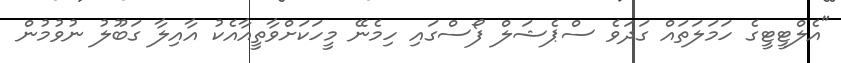
"އެލްޓީޓީގެ ހަމަލަތައް ގަދަވެ ސްޕެޝަލް ފޯސްގައި ހިމެނޭ މީހަކަށްވާތީއާއެކު އާއިލާ ގަބޫލު ނުވުމުން